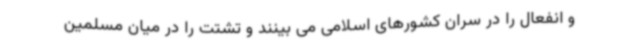
و انفعال را در سران کشورهای اسلامی می بینند و تشتت را در میان مسلمین